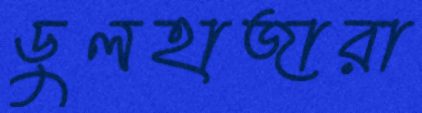
ডুলহাজারা